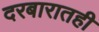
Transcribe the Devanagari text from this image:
दरबारातही